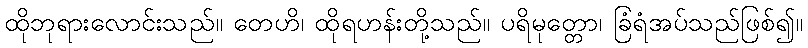
ထိုဘုရားလောင်းသည်။ တေဟိ၊ ထိုရဟန်းတို့သည်။ ပရိမုတ္တော၊ ခြံရံအပ်သည်ဖြစ်၍။